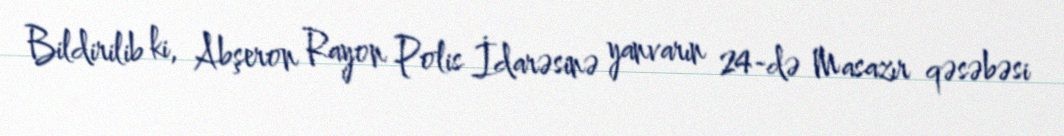
Bildirilib ki, Abşeron Rayon Polis İdarəsinə yanvarın 24-də Masazır qəsəbəsi